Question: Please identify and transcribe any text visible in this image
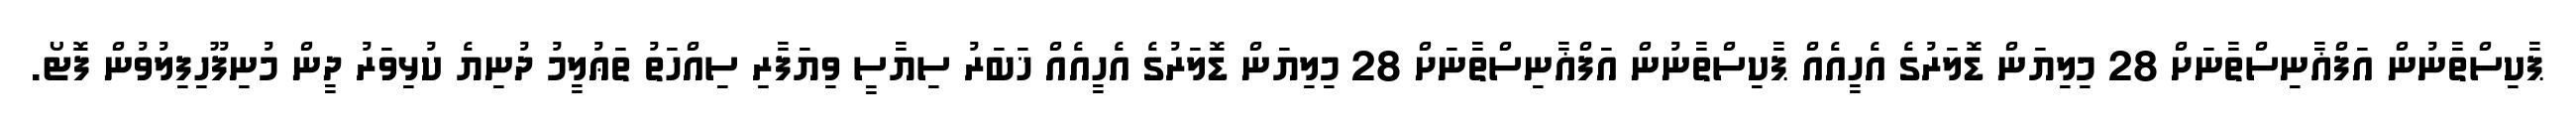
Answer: ޕާކިސްތާނުން އަފްޣާނިސްތާނަށް 28 މިލިޔަން ޑޮލަރުގެ އެހީއެއް ޕާކިސްތާނުން އަފްޣާނިސްތާނަށް 28 މިލިޔަން ޑޮލަރުގެ އެހީއެއް ޚަބަރު ސިޔާސީ ވިޔަފާރި ސިއްހަތު ތަޢުލީމު ދުނިޔެ ކުޅިވަރު ދީން މުނިފޫހިފިލުވުން ފޮޓޯ.